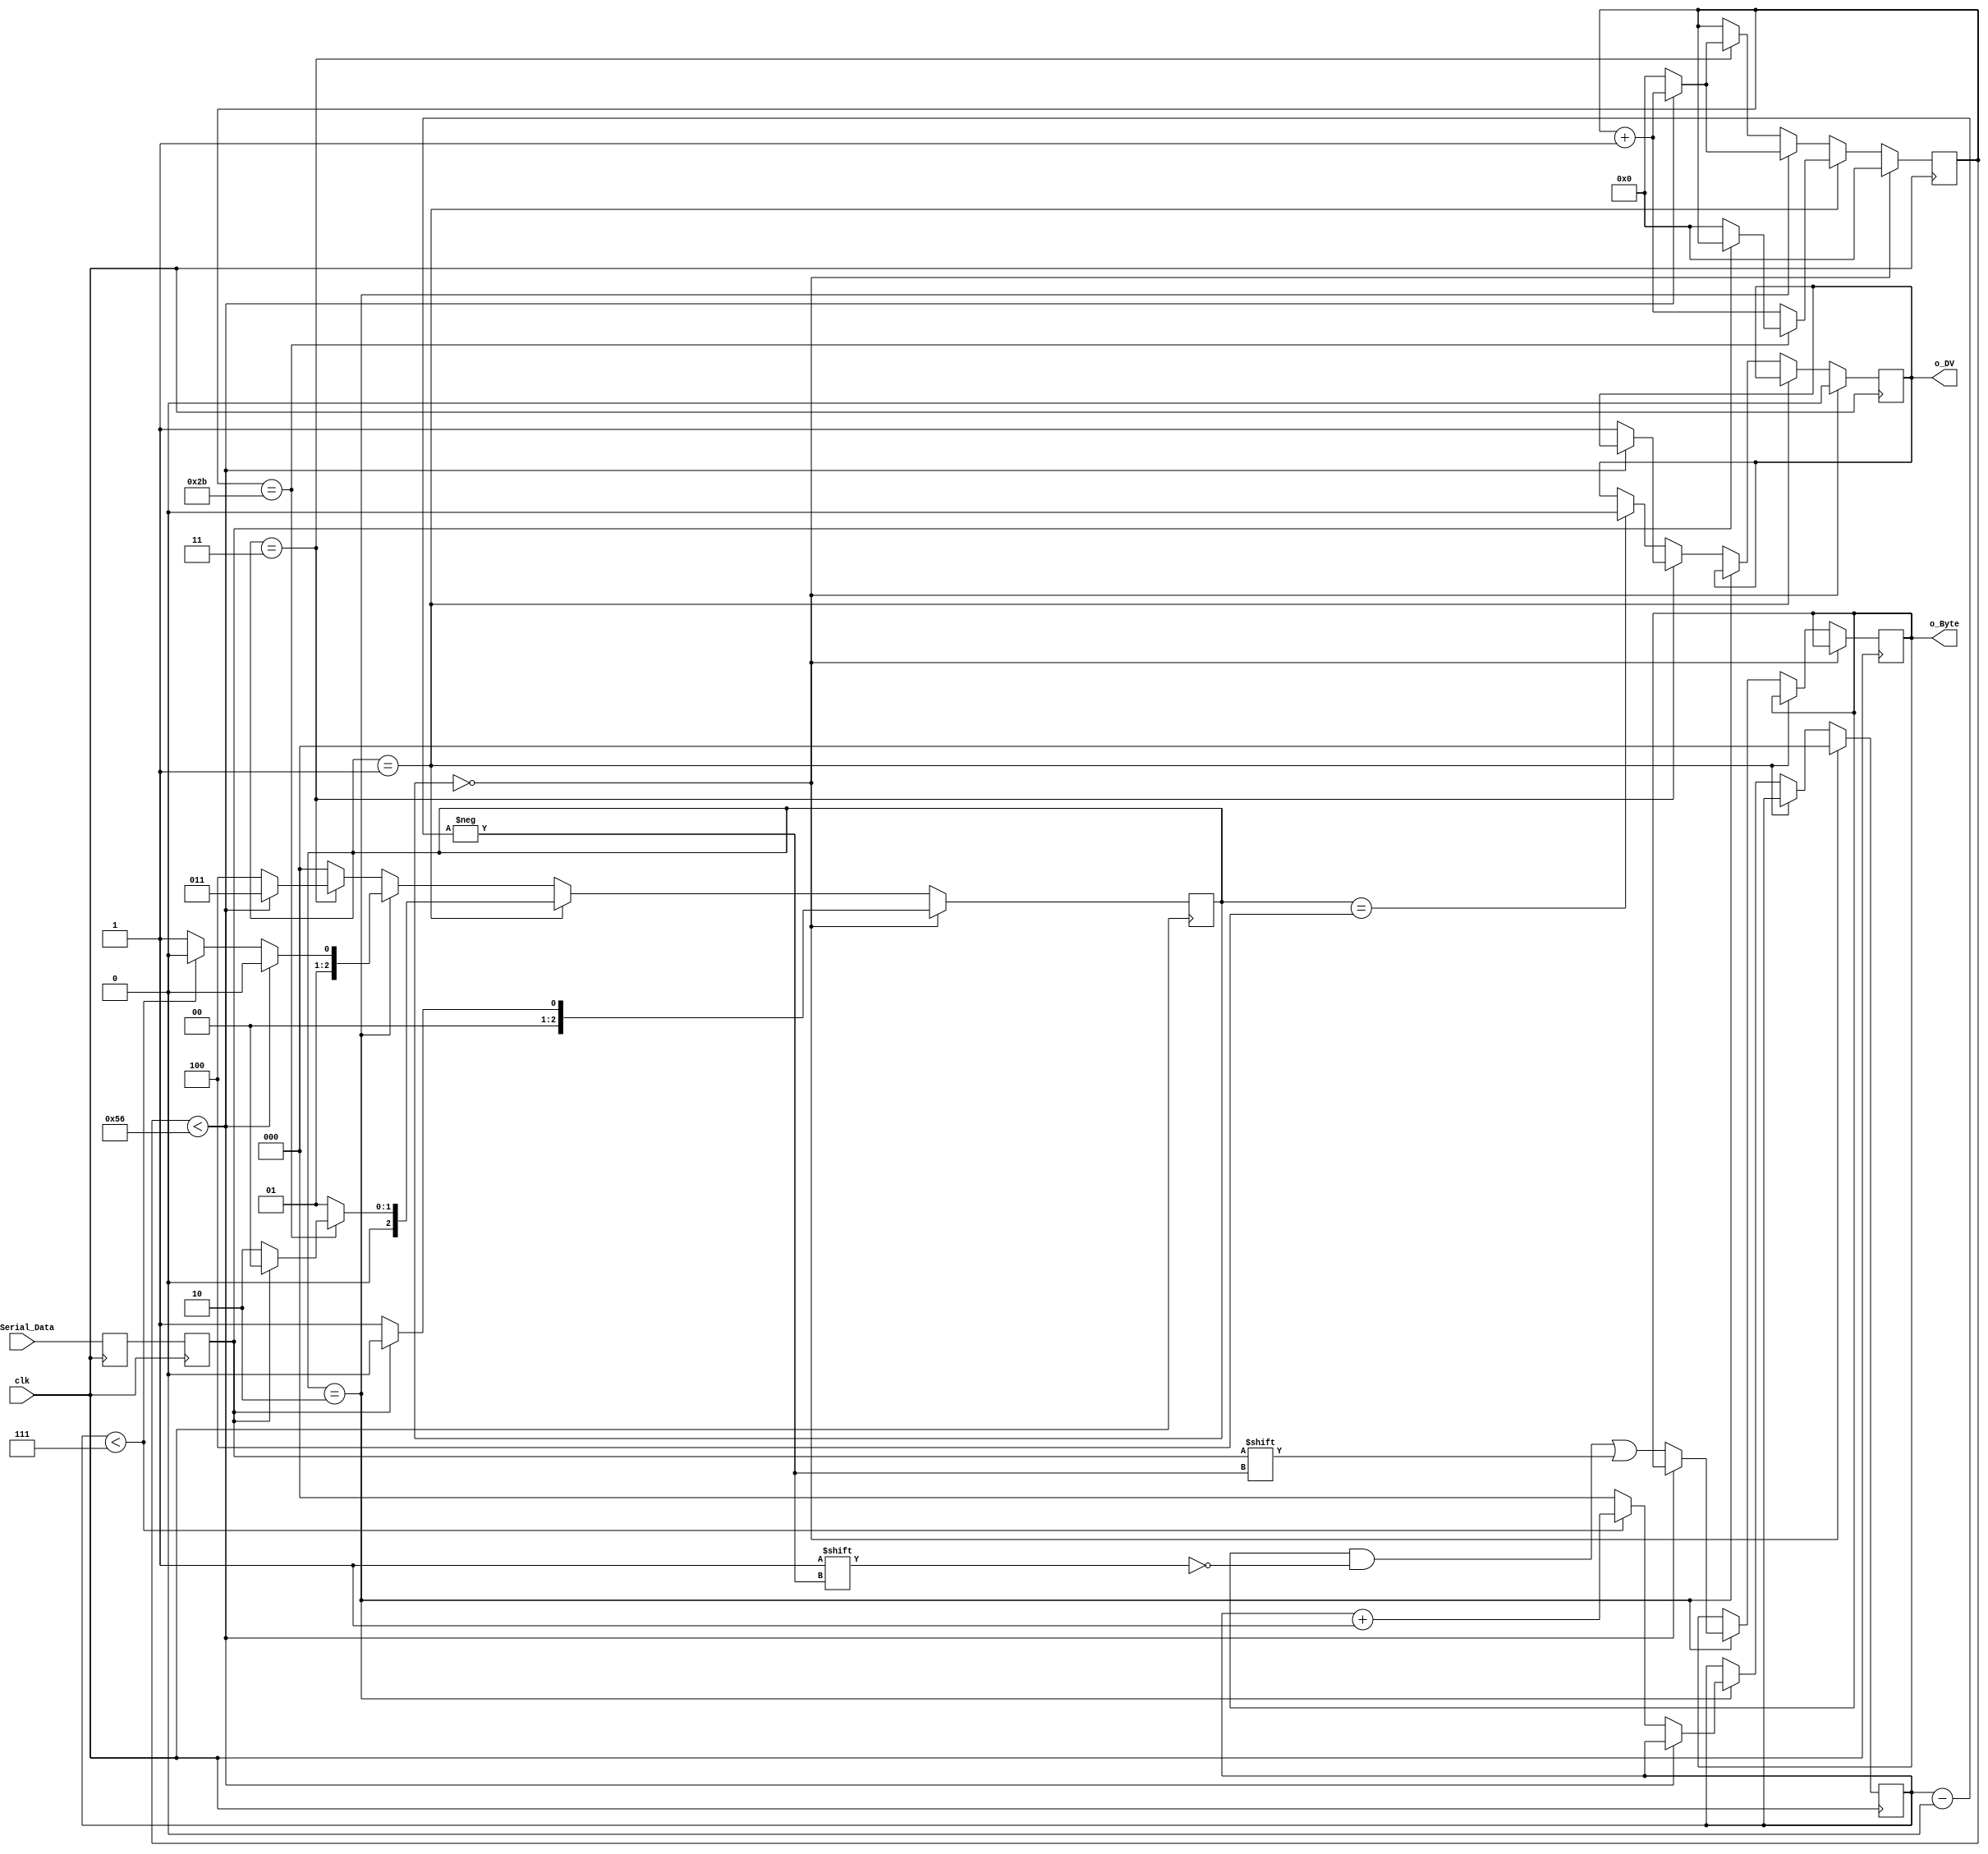
module receiver (
    clk,
    i_Serial_Data,
    o_DV,
    o_Byte
    );

    parameter FREQUENCY = 87;

    input clk;
    input i_Serial_Data;

    output o_DV;
    output [7:0] o_Byte;

    reg r_Data_Temp = 1'b1;
    reg r_Data   = 1'b1;
    reg r_DV = 0;

    reg [7:0] r_Counter = 0;
    reg [2:0] r_Index = 0; 
    reg [7:0] r_Byte = 0;

    reg [2:0] r_State = 0;
    reg [2:0] r_State_Idle = 3'd0;
    reg [2:0] r_State_Start = 3'd1;
    reg [2:0] r_State_Start_Bits = 3'd2;
    reg [2:0] r_State_Stop_Bit = 3'd3;
    reg [2:0] r_State_Refresh = 3'd4;

    always @(posedge clk) begin
        r_Data_Temp <= i_Serial_Data;
        r_Data <= r_Data_Temp;
    end

    always @(posedge clk) begin
        
        case (r_State)
    
            r_State_Idle: begin
                r_DV <= 1'b0;
                r_Counter <= 0;
                r_Index <= 0;
                    
                if (r_Data == 1'b0)          
                    r_State <= r_State_Start;
                else
                    r_State <= r_State_Idle;
            end
                
            r_State_Start: begin
                if (r_Counter == (FREQUENCY-1)/2) begin
                    if (r_Data == 1'b0) begin
                        r_Counter <= 0; 
                        r_State <= r_State_Start_Bits;
                    
                    end
                    else
                        r_State <= r_State_Idle;
                end

                else begin
                    r_Counter <= r_Counter + 1;
                    r_State <= r_State_Start;
                end
            end 
                
            r_State_Start_Bits: begin
                if (r_Counter < FREQUENCY-1) begin
                    r_Counter <= r_Counter + 1;
                    r_State <= r_State_Start_Bits;
                end

                else begin
                    r_Counter <= 0;
                    r_Byte[r_Index] <= r_Data;
                        
                    if (r_Index < 7) begin
                        r_Index <= r_Index + 1;
                        r_State <= r_State_Start_Bits;
                    end
                    else begin
                        r_Index <= 0;
                        r_State <= r_State_Stop_Bit;
                    end
                end
            end 
            
            r_State_Stop_Bit: begin
                if (r_Counter < FREQUENCY-1) begin
                    r_Counter <= r_Counter + 1;
                    r_State <= r_State_Stop_Bit;
                end

                else begin
                    r_DV <= 1'b1;
                    r_Counter <= 0;
                    r_State <= r_State_Refresh;
                end
            end 
            
            r_State_Refresh: begin
                r_State <= r_State_Idle;
                r_DV <= 1'b0;
            end
                
            default :
                r_State <= r_State_Idle;
            
        endcase
    end   

    assign o_DV = r_DV;
    assign o_Byte = r_Byte;

endmodule